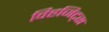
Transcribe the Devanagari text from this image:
विहजिट्स